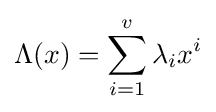
\Lambda (x)=\sum _{i=1}^{v}\lambda _{i}x^{i}